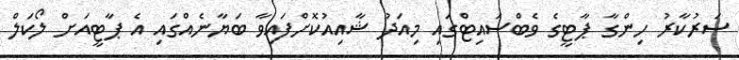
ސަރުކާރު ހިންގާ ޕާޓީގެ ވެބްސައިޓްގައި މިއަދު ޝާއިއުކޮށްފައިވާ ބަޔާނެއްގައި އެ ޕާޓީއަށް ލޯކަލް